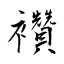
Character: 襸